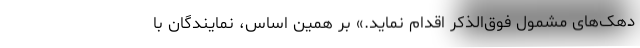
دهک‌های مشمول فوق‌الذکر اقدام نماید.» بر همین اساس، نمایندگان با